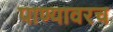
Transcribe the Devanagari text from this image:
पाण्यावरच